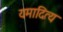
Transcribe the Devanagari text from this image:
यमादित्य